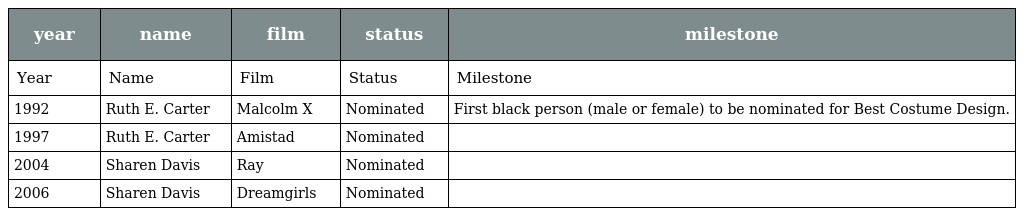
| year | name | film | status | milestone |
 | --- | --- | --- | --- | --- |
 | Year | Name | Film | Status | Milestone |
 | 1992 | Ruth E. Carter | Malcolm X | Nominated | First black person (male or female) to be nominated for Best Costume Design. |
 | 1997 | Ruth E. Carter | Amistad | Nominated |  |
 | 2004 | Sharen Davis | Ray | Nominated |  |
 | 2006 | Sharen Davis | Dreamgirls | Nominated |  |